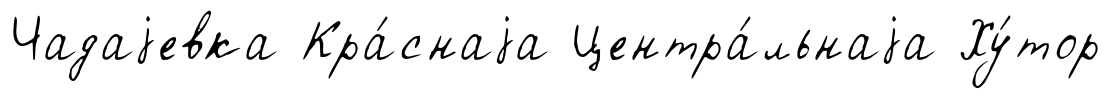
Чадаjевка Кра́снаjа Центра́льнаjа Ху́тор